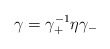
\begin{align*}\gamma = \gamma^{-1}_+ \eta \gamma_- \end{align*}